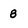
Character: 8